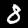
Label: 8